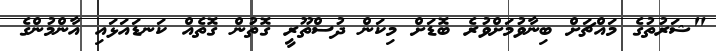
"ޝަރުތުގެ މައްޗަށް ބިނާވުމަށްވުރެ ބޮޑަށް މިކަން ދުސްތޫރީ ގޮތުން ގޮތެއް ކަނޑައަޅައި އާންމުންގެ